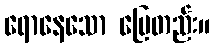
ရောနေသော မြေတည်း။